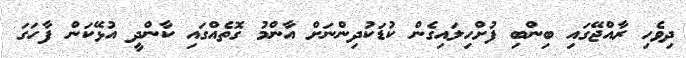
ދިވެހި ރާއްޖޭގައި ބިންބި ފުށްހިލައިގެން ކުޑަކުދިންނަށް އާންމު ގޮތެއްގައި ކާންދީ އުޅޭކަން ފާހަގަ